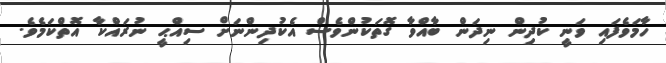
ހާމަވެފައި ވަނީ ކުދިން ނިދަން ބާއްވާ ގޮތަކުންވެސް އެކުދިންނަށް ސިއްޙީ ނުރައްކާ އޮތްކަމެވެ.